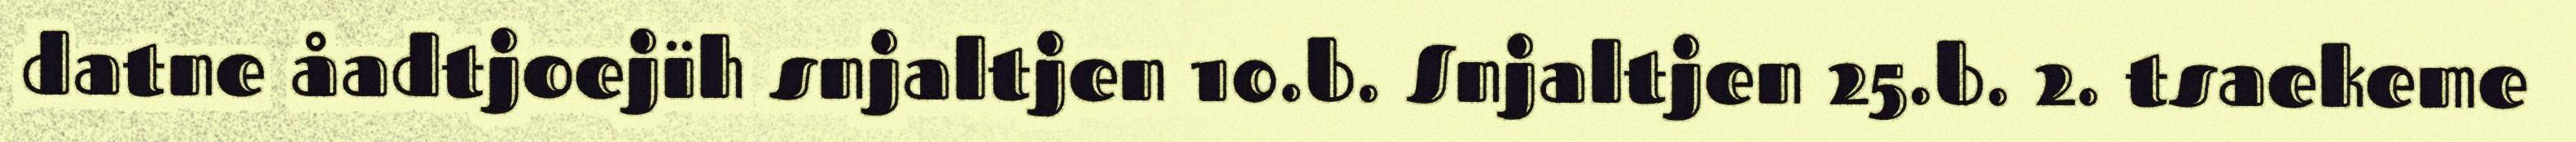
datne åadtjoejïh snjaltjen 10.b. Snjaltjen 25.b. 2. tsaekeme